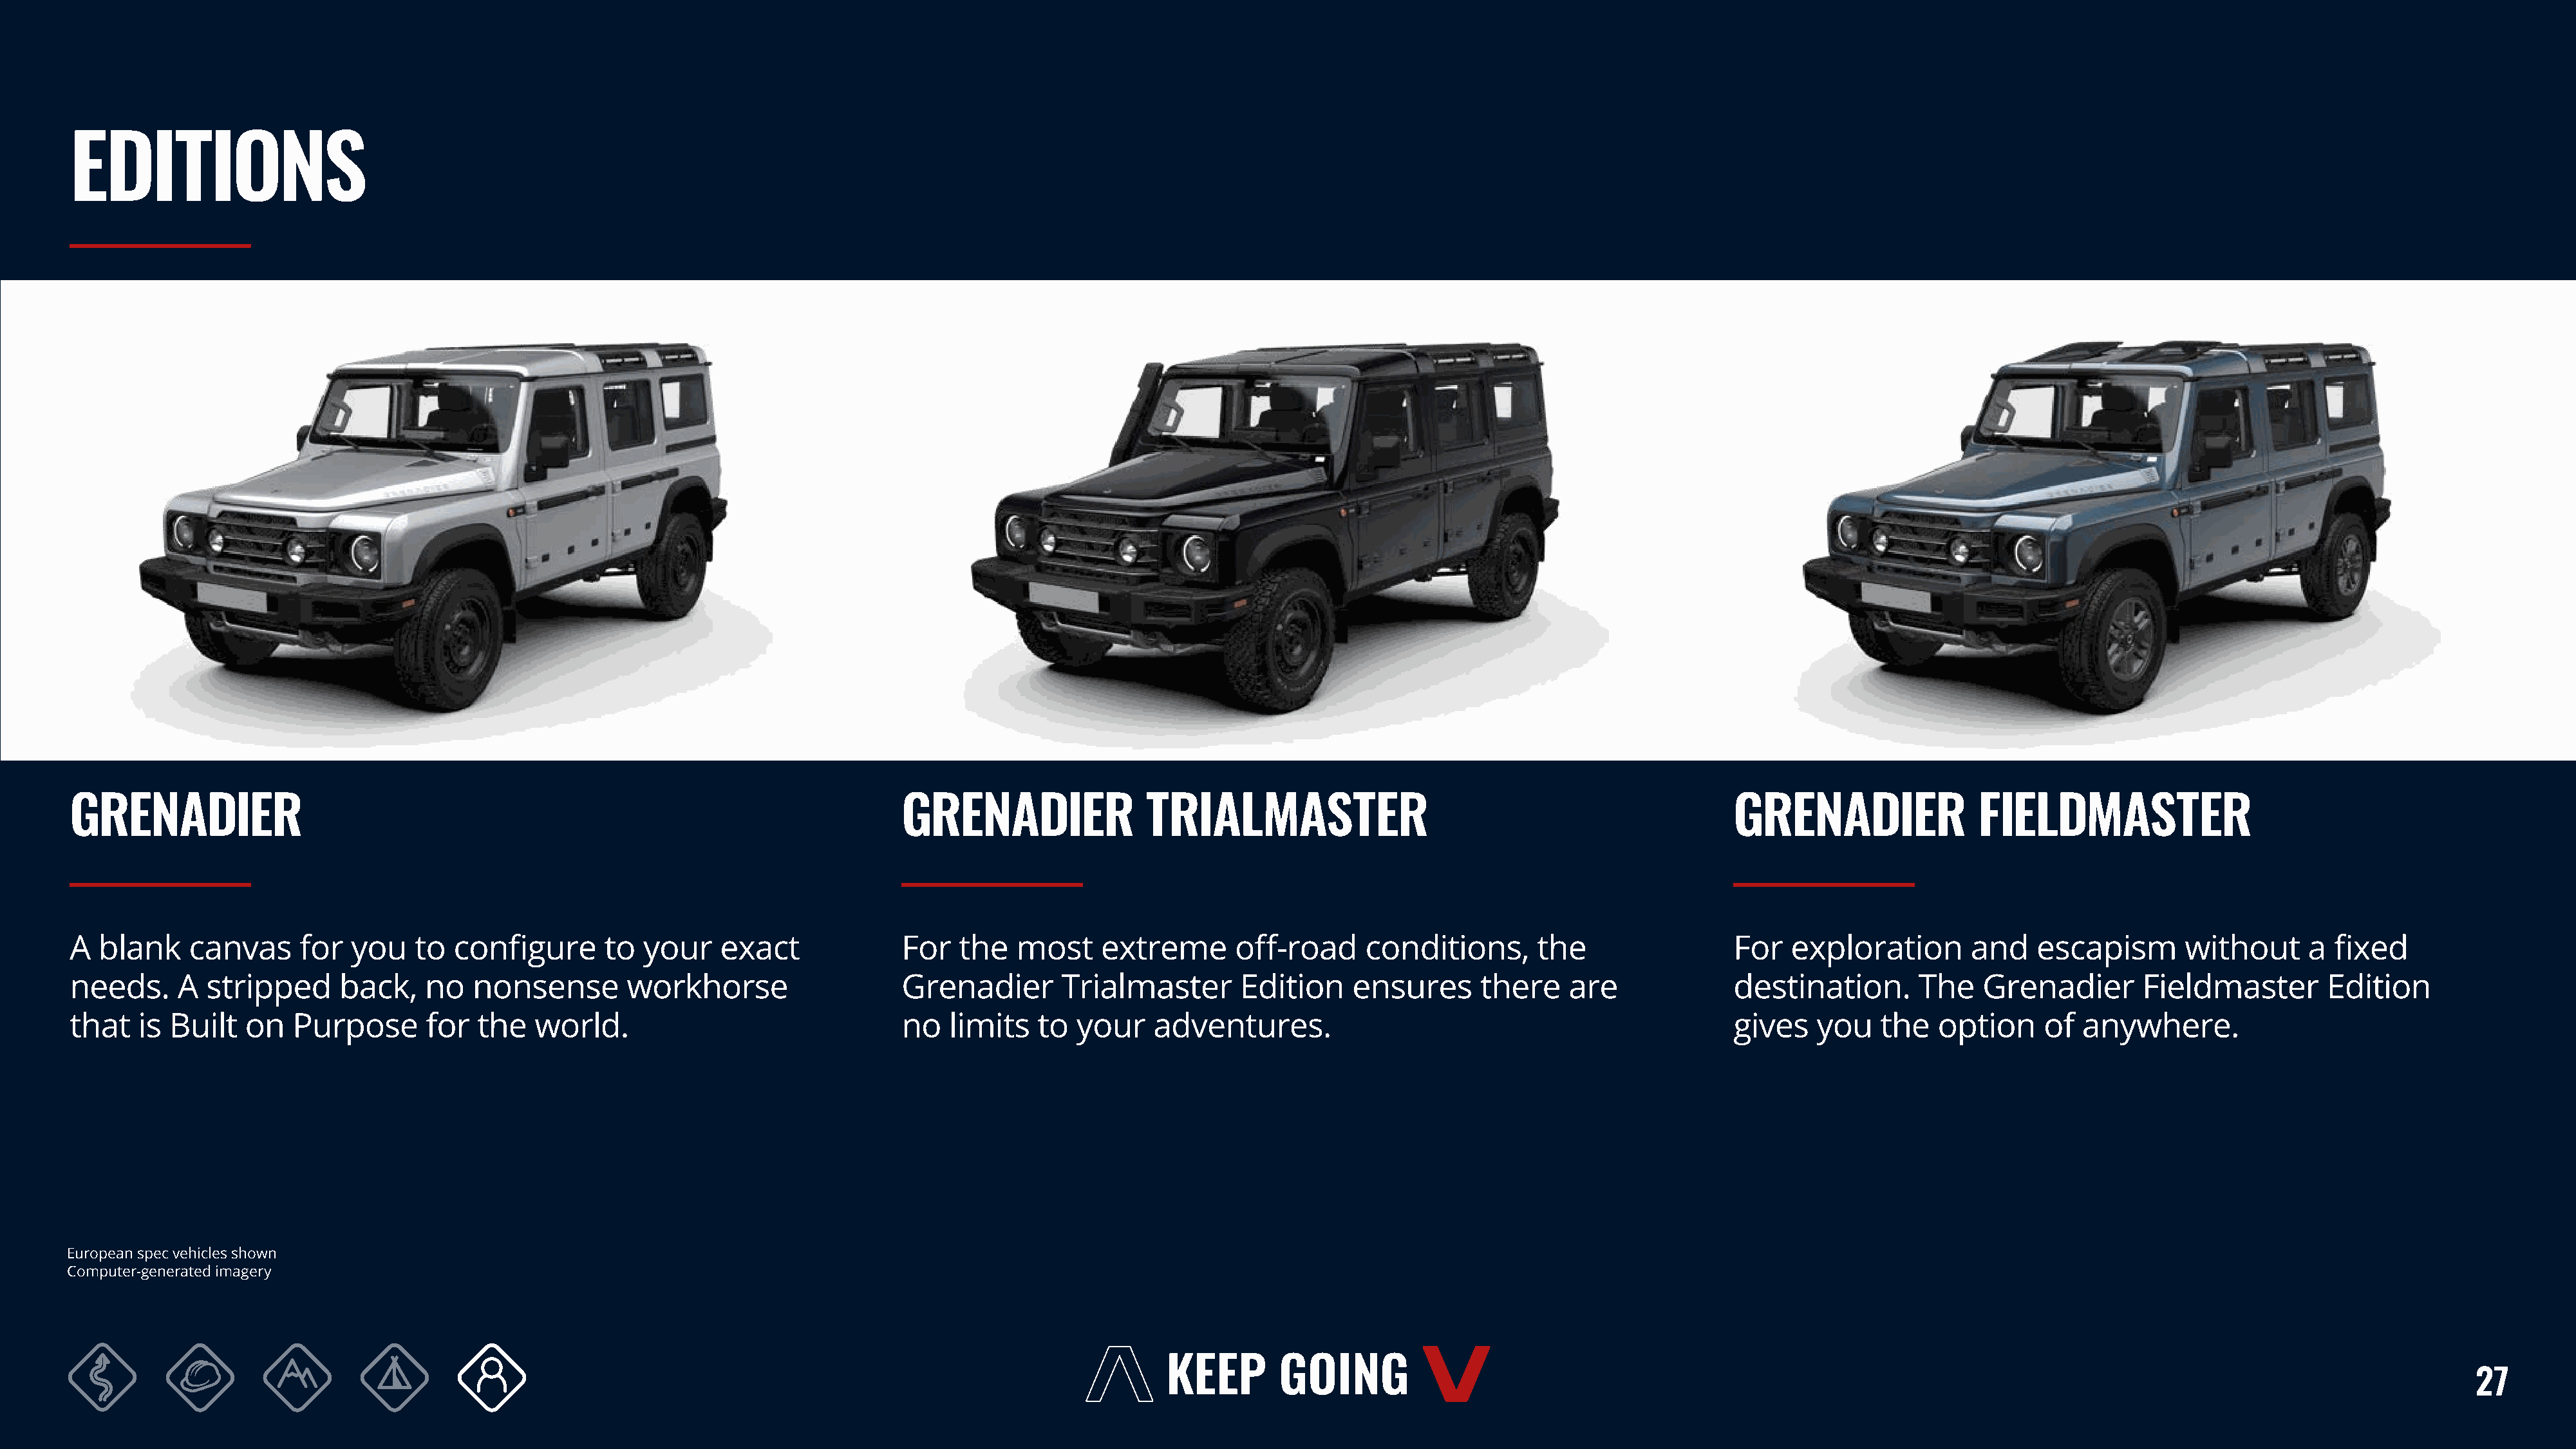
EDITIONS
 GRENADIER                                                                             GRENADIER                TRIALMASTER                                                 GRENADIER                FIELDMASTER
 A  blank    canvas      for  you    to  configure      to  your    exact              For   the  most     extreme       off-road     conditions,       the                 For   exploration        and   escapism        without     a  fixed
 needs.     A  stripped      back,    no   nonsense       workhorse                    Grenadier       Trialmaster       Edition     ensures      there    are              destination.       The    Grenadier       Fieldmaster        Edition
 that   is Built   on   Purpose       for  the   world.                                no   limits   to  your    adventures.                                                gives    you   the   option     of  anywhere.
 European spec vehicles shown
 Computer-generated imagery
 27